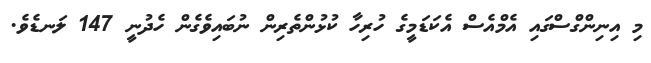
މި އިނިންގްސްގައި އެމްއެސް އެކަޑަމީގެ ހުރިހާ ކުޅުންތެރިން ނުބައިވެގެން ހެދުނީ 147 ލަނޑެވެ.